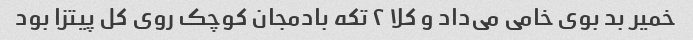
خمیر بد بوی خامی می‌داد و کلا ۲ تکه بادمجان کوچک روی کل پیتزا بود